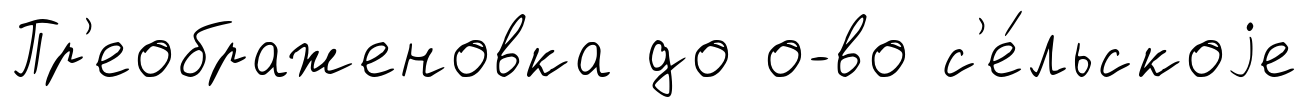
Пр'еображеновка до о-во с'е́льскоjе